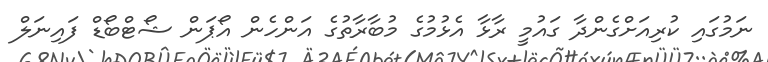
ނަމުގައި ކުރިއަށްގެންދާ ގައުމީ ރާޅާ އެޅުމުގެ މުބާރާތުގެ އަންހެން އޯޕަން ޝޯޓްބޯޑް ފައިނަލް